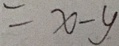
= x - y